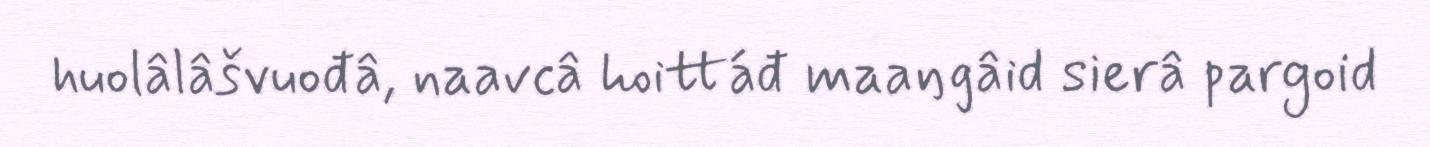
huolâlâšvuođâ, naavcâ hoittáđ maaŋgâid sierâ pargoid